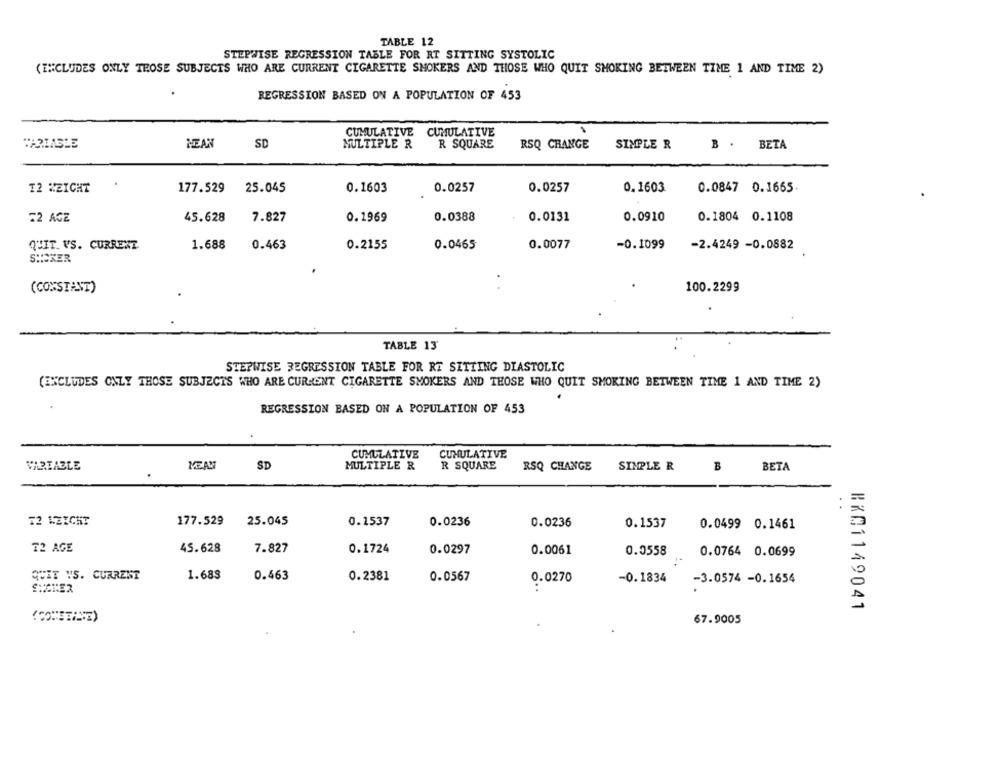
TABLE 12
STEPWISE REGRESSION TABLE FOR RT SITTING SYSTOLIC
(INCLUDES ONLY TROSE SUBJECTS WHO ARE CURRENT CIGARETTE SMOKERS AND THOSE WHO QUIT SMOKING BETWEEN TIME 1 AND TIME 2)
REGRESSION BASED ON A POPULATION OF 453
CUMULATIVE
CUMULATIVE
MEAN
SD
MULTIPLE R
R SQUARE
RSQ CHANGE
SIMPLE R
B . BETA
12 WEICHT
177.529
25.045
0.1603
0.0257
0.0257
0.1603
0.0847 0.1665
72 AGE
45.628
7.827
0.1969
0.0388
0.0131
0.0910
0.1804 0.1108
QUIT. VS. CURRENT
1.688
0.463
0.2155
0.0465
0.0077
-0.1099
-2.4249 -0.0882
SHOCKER
(CONSTANT)
100.2299
TABLE 13
STEPWISE REGRESSION TABLE FOR RT SITTING DIASTOLIC
(EXCLUDES ONLY THOSE SUBJECTS WHO ARE CURRENT CIGARETTE SMOKERS AND THOSE WHO QUIT SMOKING BETWEEN TIME 1 AND TIME 2)
REGRESSION BASED ON A POPULATION OF 453
CUMULATIVE
CUMULATIVE
VARIABLE
NEAM
SD
MULTIPLE R
R SQUARE
RSQ CHANGE
SIMPLE R
B
BETA
72 LEICHT
177.529
25.045
0.1537
0.0236
0.0236
0.1537
0.0499 0.1461
T2 AGE
45.628
7.827
0.1724
0.0297
0.0061
0.0558
0.0764 0.0699
QUIT VS. CURRENT
1.683
0.463
0.2381
0.0567
0.0270
-0.1834
-3.0574 -0.1654
SHAKER
RX01149041
67.9005